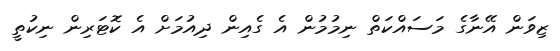
ޒިވަން އޭނާގެ މަސައްކަތް ނިމުމުން އެ ގެއިން ދިއުމަށް އެ ކޮޓަރިން ނިކުތީ